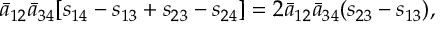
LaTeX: { \bar { a } } _ { 1 2 } { \bar { a } } _ { 3 4 } [ s _ { 1 4 } - s _ { 1 3 } + s _ { 2 3 } - s _ { 2 4 } ] = 2 { \bar { a } } _ { 1 2 } { \bar { a } } _ { 3 4 } ( s _ { 2 3 } - s _ { 1 3 } ) ,